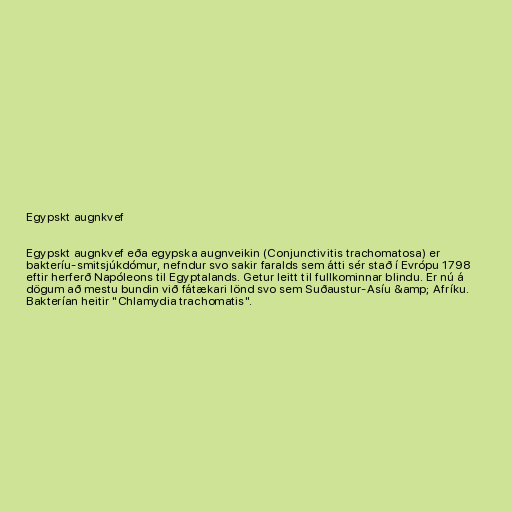
Egypskt augnkvef

Egypskt augnkvef eða egypska augnveikin (Conjunctivitis trachomatosa) er
bakteríu-smitsjúkdómur, nefndur svo sakir faralds sem átti sér stað í Evrópu 1798
eftir herferð Napóleons til Egyptalands. Getur leitt til fullkominnar blindu. Er nú á
dögum að mestu bundin við fátækari lönd svo sem Suðaustur-Asíu &amp; Afríku.
Bakterían heitir "Chlamydia trachomatis".